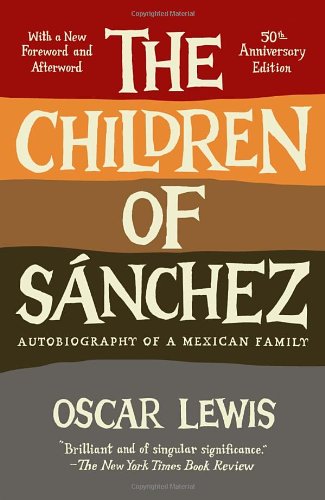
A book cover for The Children of Sanchez: Autobiography of a Mexican Family; Oscar Lewis; Biographies & Memoirs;